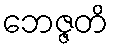
ဘေဇ္ဇတိ